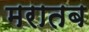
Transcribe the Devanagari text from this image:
मरातब